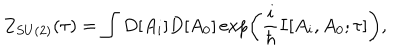
LaTeX: Z _ { S U ( 2 ) } ( \tau ) = \int D [ A _ { i } ] D [ A _ { 0 } ] \exp \left( \frac { i } { \hbar } I [ A _ { i } , A _ { 0 } ; \tau ] \right) ,